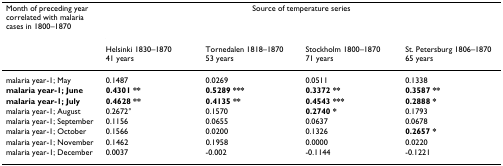
<table><thead><tr><td><b>Month of preceding year correlated with malaria cases in 1800–1870</b></td><td colspan="4"><b>Source of temperature series</b></td></tr><tr><td></td><td><b>Helsinki 1830–187041 years</b></td><td><b>Tornedalen 1818–187053 years</b></td><td><b>Stockholm 1800–187071 years</b></td><td><b>St. Petersburg 1806–187065 years</b></td></tr></thead><tbody><tr><td>malaria year-1; May</td><td>0.1487</td><td>0.0269</td><td>0.0511</td><td>0.1338</td></tr><tr><td><b>malaria year-1; June</b></td><td><b>0.4301 **</b></td><td><b>0.5289 ***</b></td><td><b>0.3372 **</b></td><td><b>0.3587 **</b></td></tr><tr><td><b>malaria year-1; July</b></td><td><b>0.4628 **</b></td><td><b>0.4135 **</b></td><td><b>0.4543 ***</b></td><td><b>0.2888 *</b></td></tr><tr><td>malaria year-1; August</td><td>0.2672°</td><td>0.1570</td><td><b>0.2740 *</b></td><td>0.1793</td></tr><tr><td>malaria year-1; September</td><td>0.1156</td><td>0.0655</td><td>0.0637</td><td>0.0678</td></tr><tr><td>malaria year-1; October</td><td>0.1566</td><td>0.0200</td><td>0.1326</td><td><b>0.2657 *</b></td></tr><tr><td>malaria year-1; November</td><td>0.1462</td><td>0.1958</td><td>0.0000</td><td>0.0220</td></tr><tr><td>malaria year-1; December</td><td>0.0037</td><td>-0.002</td><td>-0.1144</td><td>-0.1221</td></tr></tbody></table>